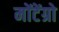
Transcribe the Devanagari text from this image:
मोंटेंग्रो